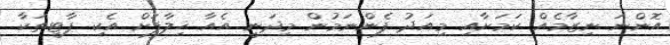
އޮންނަ ނިޒާމެއް ކަމަށާއި މިއަދު ފެންނަމުން މިދަނީ އެއާ ޚިލާފަށް އެކި ޕާޓީތަކާ